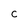
Character: c